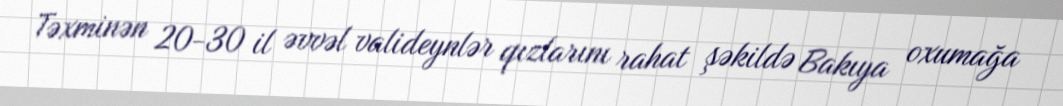
Təxminən 20-30 il əvvəl valideynlər qızlarını rahat şəkildə Bakıya oxumağa